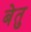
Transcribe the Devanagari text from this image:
बेतु